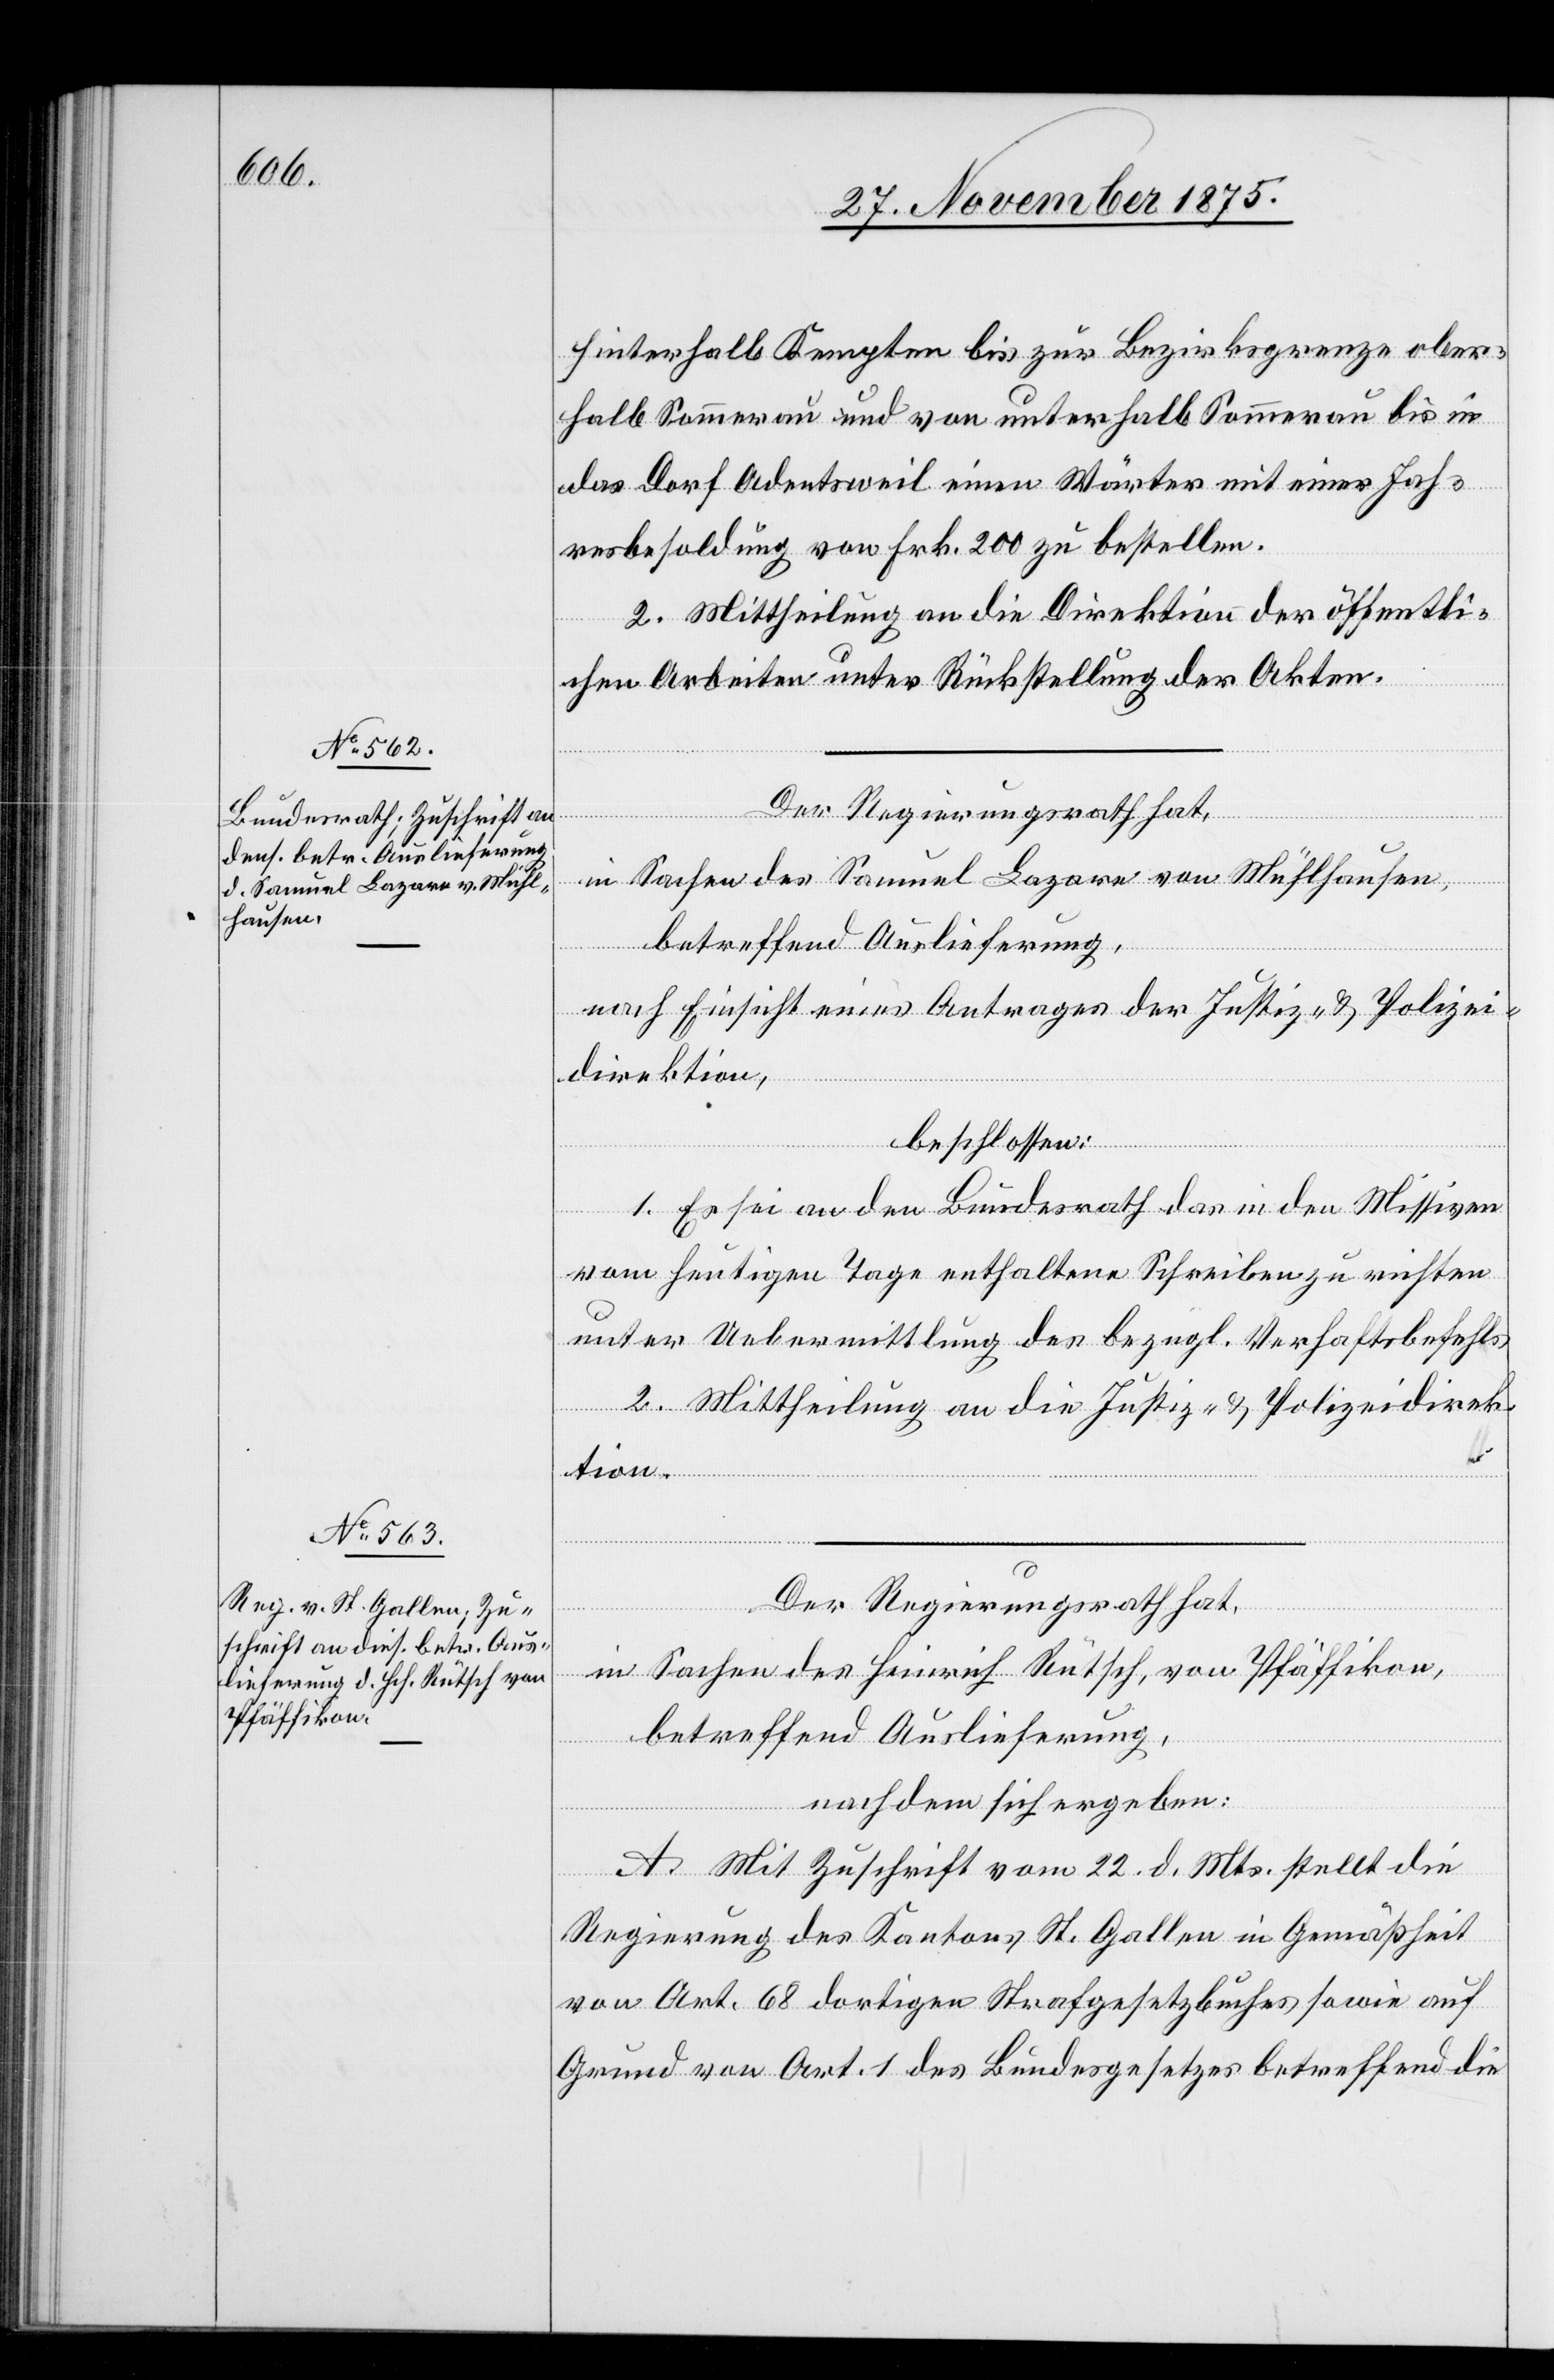
hinterhalb Kempten bis zur Bezirksgrenze ober¬
halb Sommerau und von unterhalb Sommerau bis in
das Dorf Adentsweil einen Wärter mit einer Jah¬
resbesoldung von Frk. 200 zu bestellen.
2. Mittheilung an die Direktion der öffentli¬
chen Arbeiten unter Rückstellung der Akten.
Der Regierungsrath hat,
in Sachen des Samuel Lazare von Mühlhausen,
betreffend Auslieferung,
nach Einsicht eines Antrages der Justiz- & Polizei¬
direktion,
beschlossen:
1. Es sei an den Bundesrath das in den Missiven
vom heutigen Tage enthaltene Schreiben zu richten
unter Uebermittlung des bezügl. Verhaftsbefehls.
2. Mittheilung an die Justiz- & Polizeidirek¬
tion.
Der Regierungsrath hat,
in Sachen des Heinrich Rütsch, von Pfäffikon,
betreffend Auslieferung,
nachdem sich ergeben:
A. Mit Zuschrift vom 22. d. Mts. stellt die
Regierung des Kantons St. Gallen in Gemäßheit
von Art. 68 dortigen Strafgesetzbuches sowie auf
Grund von Art. 1 des Bundesgesetzes betreffend die